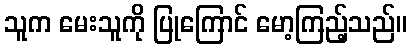
သူက မေးသူကို ပြုကြောင် မော့ကြည့်သည်။